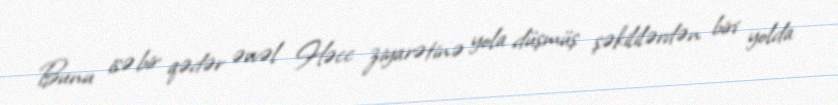
Bunu isə bir qədər əvvəl Həcc ziyarətinə yola düşmüş şəkililərdən biri yolda